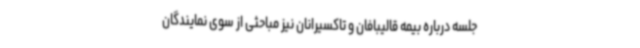
جلسه درباره بیمه قالیبافان و تاکسیرانان نیز مباحثی از سوی نمایندگان